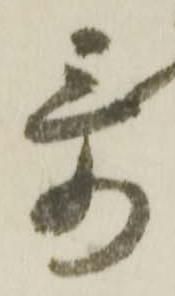
哥